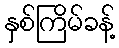
နှစ်ကြိမ်ခန့်